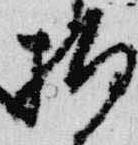
拍